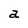
Character: a